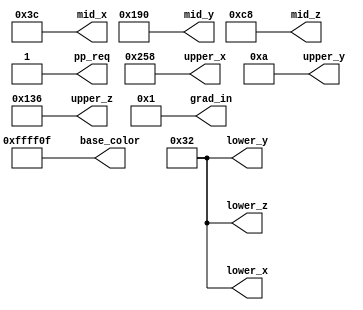
module gpu_initial(
    output wire pp_req,
    
    output wire [15:0]upper_x,
    output wire [15:0]upper_y,
    output wire [15:0]upper_z,
    output wire [15:0]mid_x,
    output wire [15:0]mid_y,
    output wire [15:0]mid_z,
    output wire [15:0]lower_x,
    output wire [15:0]lower_y, 
    output wire [15:0]lower_z,
    
    output wire [7:0]grad_in,
    output wire [23:0]base_color
    );

    assign pp_req = 1;
    
    assign upper_x = 600;
    assign upper_y = 10;
    assign upper_z   = 310;
    assign mid_x   = 60; 
    assign mid_y = 400;
    assign mid_z = 200;
    assign lower_x = 50;
    assign lower_y   = 50; 
    assign lower_z = 50;
    
    assign grad_in = 1;
    assign base_color = 24'hffff0f;

endmodule